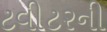
ટવીટરની